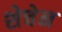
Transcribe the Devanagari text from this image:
शेचेन